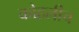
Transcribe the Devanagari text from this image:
कोहलीच